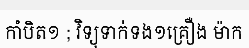
កាំបិត១ ; វិទ្យុទាក់ទង១គ្រឿង ម៉ាក